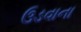
ઉડવાના